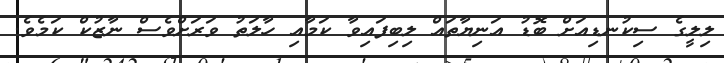
ލިލީގެ ސިކުނޑިއަށް ބޮޑު އަނިޔާތައް ލިބިފައިވާ ކަމާއި ހާލަތު ވަރަށްވެސް ނާޒުކް ކަމެވެ.